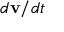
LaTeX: d \mathbf { v } / d t